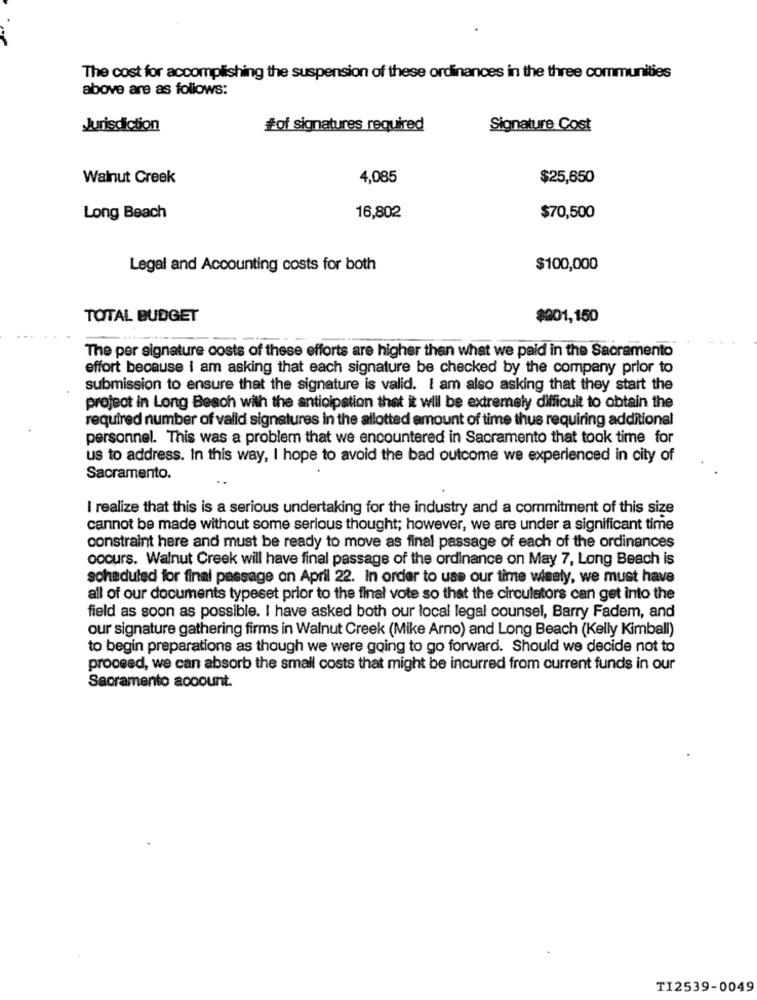
The cost for accomplishing the suspension of these ordinances in the three communities
above are as follows:
Jurisdiction
#of signatures required
Signature Cost
Walnut Creek
4,085
$25,650
Long Beach
16,802
$70,500
Legal and Accounting costs for both
$100,000
TOTAL BUDGET
$001,150
The per signature costs of these efforts are higher then what we paid in the Sacramento
effort because I am asking that each signature be checked by the company prior to
submission to ensure that the signature is valid. I am also asking that they start the
project in Long Beach with the anticipation that it will be extremely difficult to obtain the
required number of valid signatures in the allotted amount of time thus requiring additional
personnel. This was a problem that we encountered in Sacramento that took time for
us to address. In this way, I hope to avoid the bad outcome we experienced in city of
Sacramento.
I realize that this is a serious undertaking for the industry and a commitment of this size
cannot be made without some serious thought; however, we are under a significant time
constraint here and must be ready to move as final passage of each of the ordinances
occurs. Walnut Creek will have final passage of the ordinance on May 7, Long Beach is
scheduled for final passage on April 22. In order to use our time wisely, we must have
all of our documents typeset prior to the final vote so that the circulators can get into the
field as soon as possible. I have asked both our local legal counsel, Barry Fadem, and
our signature gathering firms in Walnut Creek (Mike Arno) and Long Beach (Kelly Kimball)
to begin preparations as though we were going to go forward. Should we decide not to
proceed, we can absorb the small costs that might be incurred from current funds in our
Sacramento account.
TI2539-0049